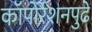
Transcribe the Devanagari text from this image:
कॉपोर्रेशनपुढे